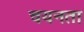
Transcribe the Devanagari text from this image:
चयनता